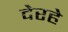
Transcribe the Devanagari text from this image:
देरहे